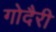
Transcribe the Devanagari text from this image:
गोदैरी